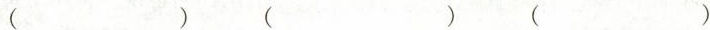
( ) ( ) ( )